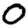
Digit: 0